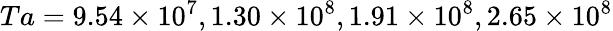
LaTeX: Ta=9.54\times 10^{7},1.30\times 10^{8},1.91\times 10^{8},2.65\times 10^{8}